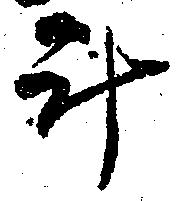
計